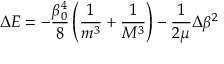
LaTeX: \Delta E = - \frac { \beta _ { 0 } ^ { 4 } } 8 \left( \frac 1 { m ^ { 3 } } + \frac 1 { M ^ { 3 } } \right) - \frac 1 { 2 \mu } \Delta \beta ^ { 2 }